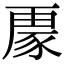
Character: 𮙟